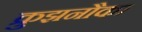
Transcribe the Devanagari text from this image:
क्रुझनौका